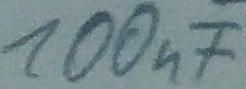
Text: 100nF